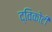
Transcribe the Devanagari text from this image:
द्विकोटी